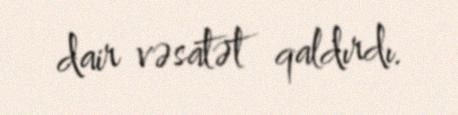
dair vəsatət qaldırdı.